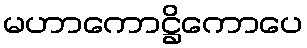
မဟာကောဋ္ဌိကောပေ